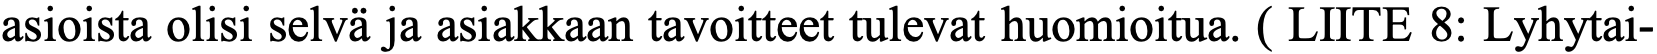
asioista olisi selvä ja asiakkaan tavoitteet tulevat huomioitua. ( LIITE 8: Lyhytai-